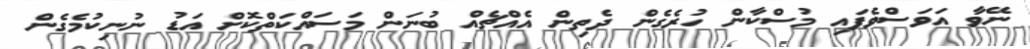
ނޭވާ އަވަސްވެފައި މުސްކާން ހުރެގެން ދެތިން އެއްޗެއް ބުނަން މަސައްކަތްކޮށް އަޑު ނުނިކުމެގެން